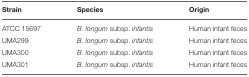
<table><thead><tr><td><b>Strain</b></td><td><b>Species</b></td><td><b>Origin</b></td></tr></thead><tbody><tr><td>ATCC 15697</td><td><i>B. longum</i> subsp. <i>infantis</i></td><td>Human infant feces</td></tr><tr><td>UMA299</td><td><i>B. longum</i> subsp. <i>infantis</i></td><td>Human infant feces</td></tr><tr><td>UMA300</td><td><i>B. longum</i> subsp. <i>infantis</i></td><td>Human infant feces</td></tr><tr><td>UMA301</td><td><i>B. longum</i> subsp. <i>infantis</i></td><td>Human infant feces</td></tr></tbody></table>